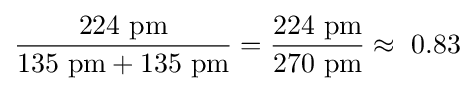
{\frac {224\ {\text{pm}}}{135\ {\text{pm}}+135\ {\text{pm}}}}={\frac {224\ {\text{pm}}}{270\ {\text{pm}}}}\approx \ 0.83